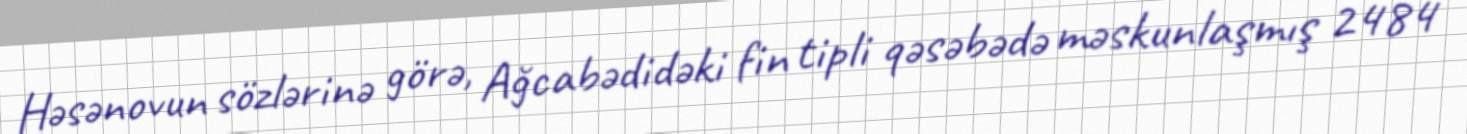
Həsənovun sözlərinə görə, Ağcabədidəki fin tipli qəsəbədə məskunlaşmış 2484